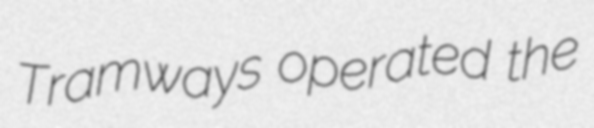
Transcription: Tramways operated the